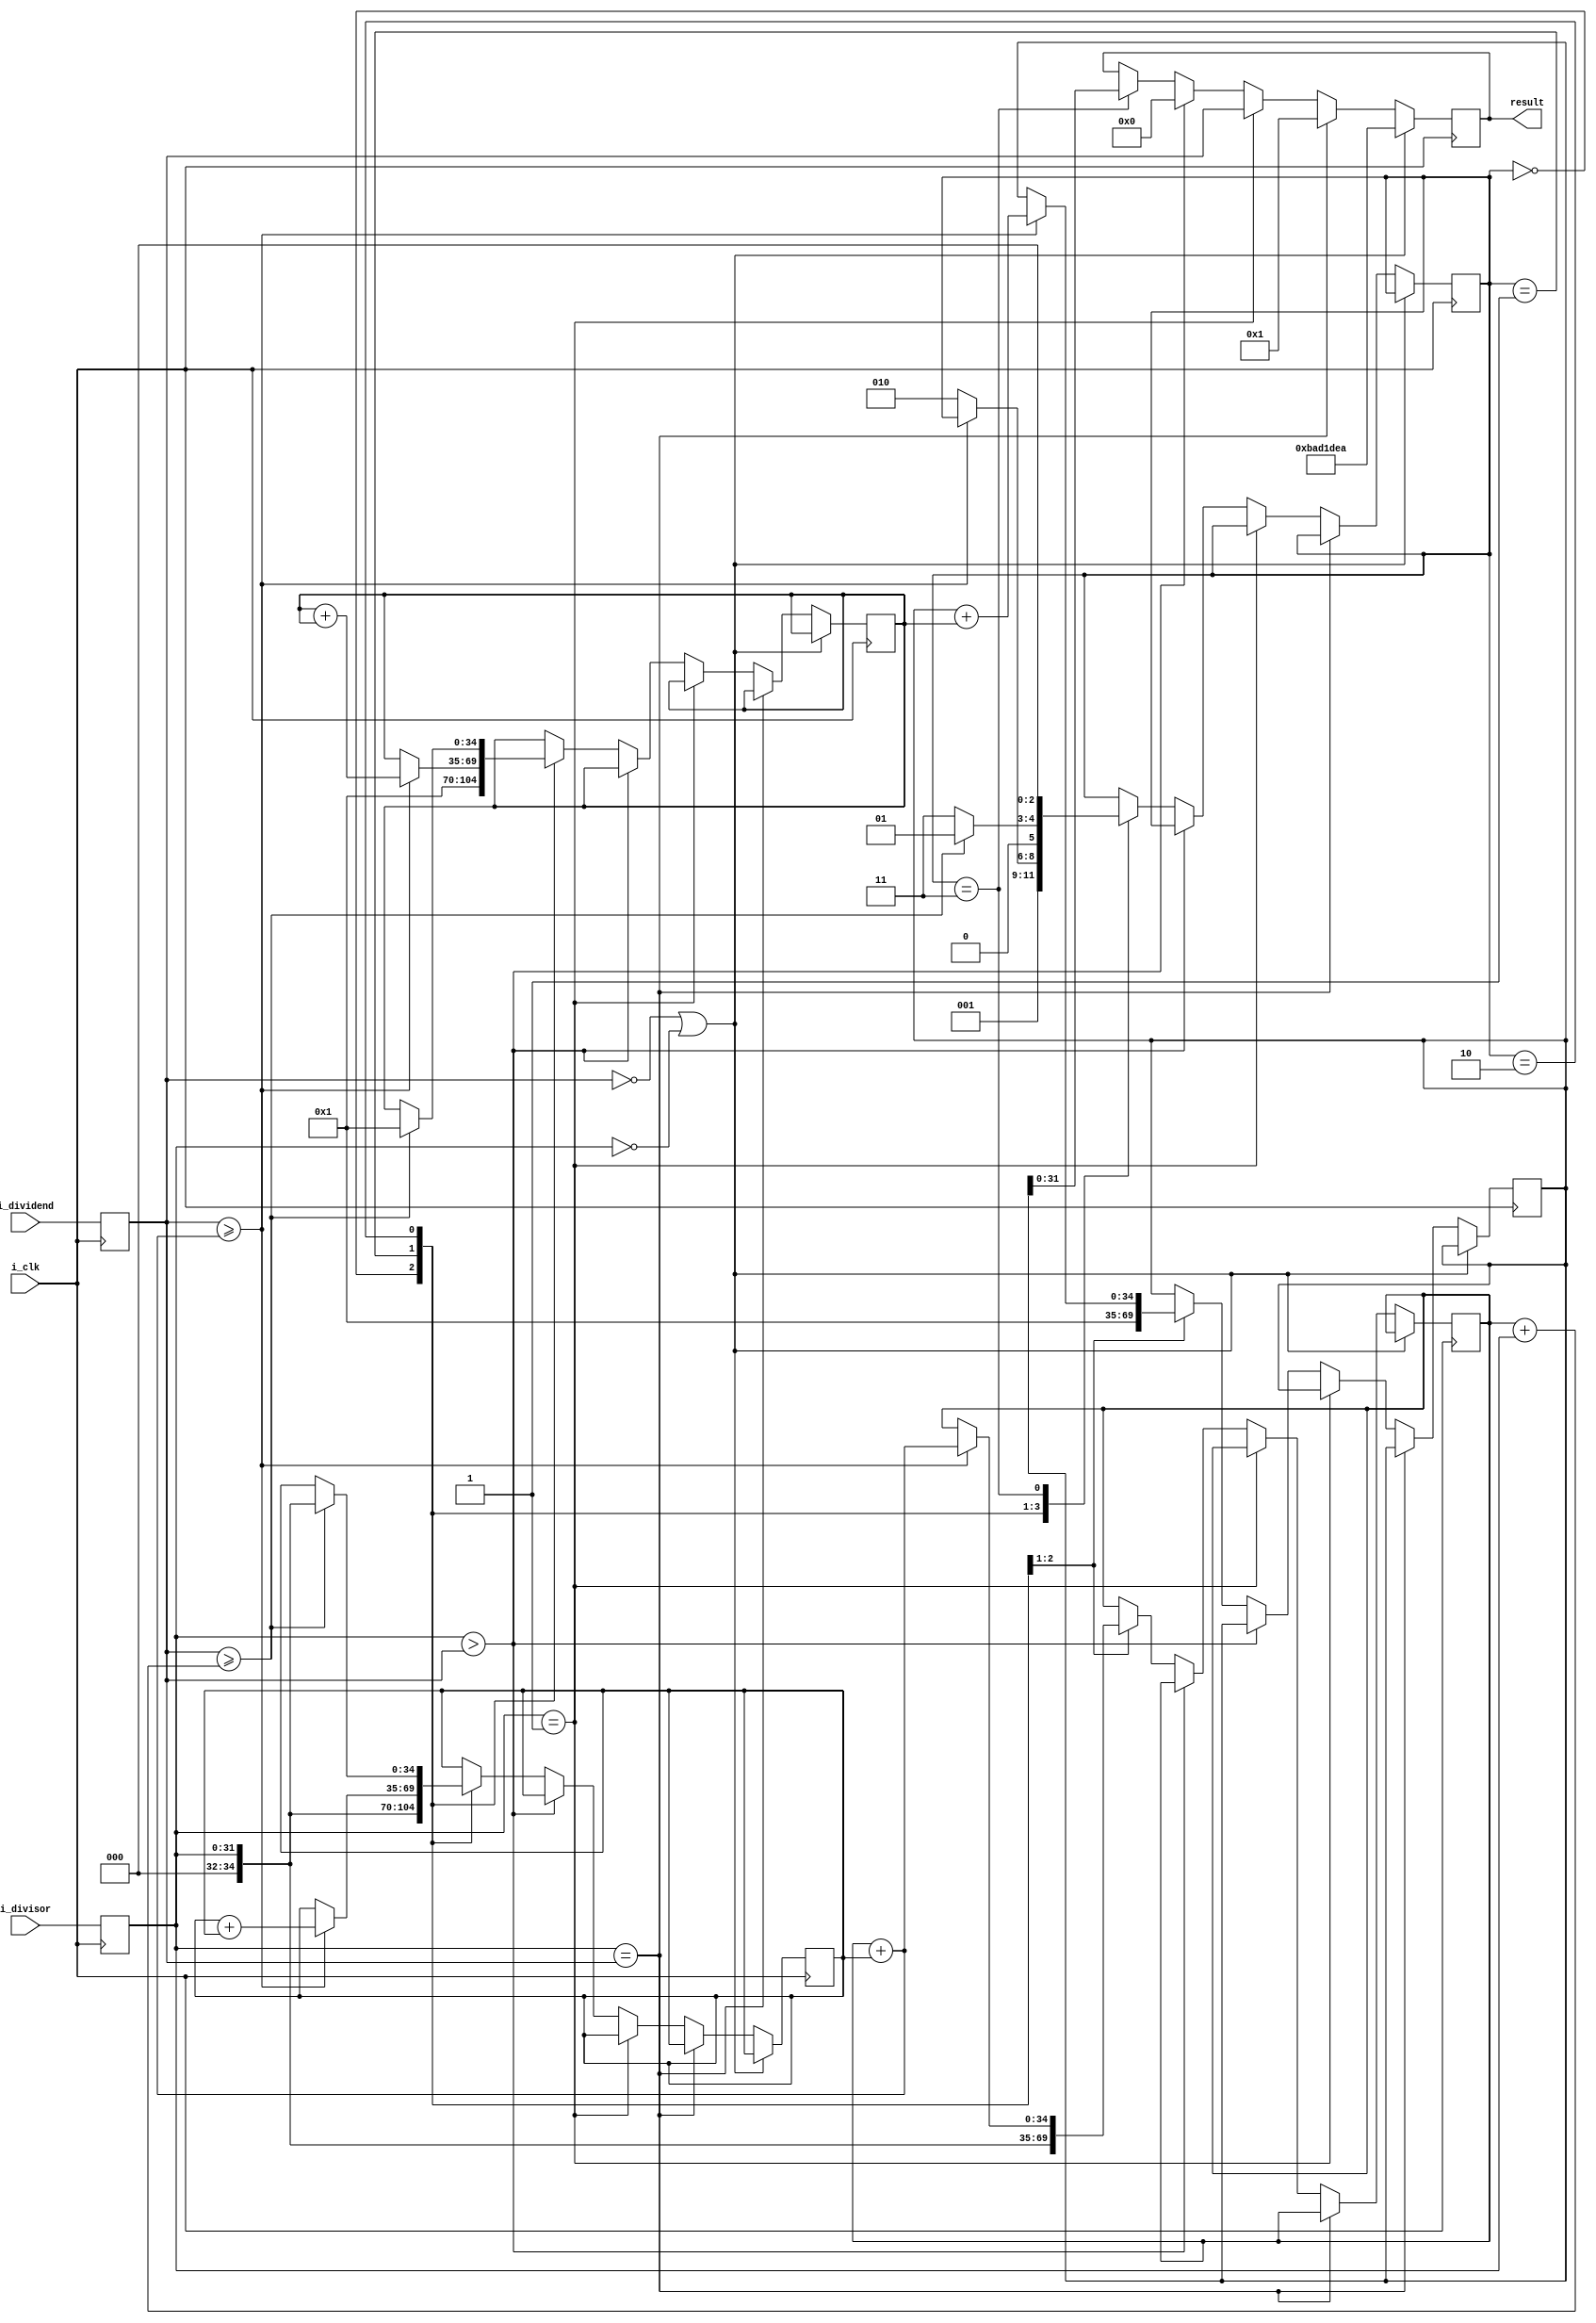

`timescale 1 ns / 1 ps

module division_core(
   input wire  [31:0] i_dividend,
   input wire  [31:0] i_divisor,
   input wire         i_clk,
   output wire [31:0] result
   );
   
   localparam WORD_WIDTH  = 32;
   localparam START       = 3'd0,
              EXPONENTIAL = 3'd1,
              CHECK       = 3'd2,
              END         = 3'd3;
   
   reg [WORD_WIDTH-1:0] dividend_static = 0;
   reg [WORD_WIDTH-1:0] divisor_static  = 0;
   reg [WORD_WIDTH-1:0] result_static   = 0;
   reg [WORD_WIDTH+2:0] counter         = 0; // might need more bits storage than the WORD-WIDTH. To prevent overflow, two more bits are added.
   reg [WORD_WIDTH+2:0] total_counter   = 0;
   reg [WORD_WIDTH+2:0] total_interim   = 0;
   reg [WORD_WIDTH+2:0] interim_expo    = 0;
   reg [2:0]            current_state   = 0;
                            
   wire [WORD_WIDTH+2:0] counter_expo_next;
   wire [WORD_WIDTH+2:0] interim_expo_next;
   wire [WORD_WIDTH+2:0] total_counter_next;
   wire [WORD_WIDTH+2:0] total_interim_next;
   
   assign result             = result_static;                    
   assign interim_expo_next  = interim_expo  + interim_expo;
   assign counter_expo_next  = counter       + counter;
   assign total_counter_next = total_counter + counter;
   assign total_interim_next = total_interim + interim_expo; 
   
   always @(posedge i_clk) begin
      dividend_static <= i_dividend;
      divisor_static  <= i_divisor;
   end
   
   always @(posedge i_clk) begin
       
      //catch null-division error
      if((dividend_static == 0) || (divisor_static == 0)) begin
         result_static <= 'hBAD1DEA; //Error Message (means 'bad idea' in Hex Speak)
         
      // e.g. 11/11 = 1
      end else if(divisor_static == dividend_static) begin
         result_static <= 1;
      
      // e.g. 12/1 = 12
      end else if(divisor_static == 1) begin
         result_static <= dividend_static;
         
      // cannot calculate floating point numbers, so values smaller than 1 are always 0. E.g. 5/8 = 0.625 = 0  
      end else if(divisor_static > dividend_static)begin
         result_static <= 0;
         
      // else begin calculating the result
      end else begin
      
         case(current_state) // state machine
            
            // reset to start conditionsW
            START: begin
                interim_expo  <= divisor_static;
                total_interim <= divisor_static;
                total_counter <= 1;
                counter       <= 1;
                current_state <= EXPONENTIAL;
            end
            
            // start increasing the counter and the interim result exponentially
            EXPONENTIAL: begin
               if(dividend_static >= total_interim_next)begin  // only increase the counter and the interim result if the interimresult is smaller than the dividend
                  interim_expo  <= interim_expo_next;
                  total_interim <= total_interim_next;
                  counter       <= counter_expo_next;    
                  total_counter <= total_counter_next;
               end else begin    
                  current_state <= CHECK;
               end 
            end 
            
            // Check if we can increase the interim result
            CHECK: begin
               // if yes, reset the counter and the interim result and jump back to the exponential state.
               if(dividend_static >= total_interim + divisor_static) begin
                  counter       <= 1;
                  interim_expo  <= divisor_static;
                  current_state <= EXPONENTIAL;
               end else begin
                  current_state <= END;
               end
            end 
            
           END: begin
              result_static <= total_counter;
              current_state <= START;
           end
   
         endcase
      end
    
   end
   
endmodule


module division_core_tb;
   reg [31:0] i_dividend;
   reg [31:0] i_divisor;
   reg i_clk;
   wire [31:0] result;

   division_core dut (
      .i_dividend(i_dividend),
      .i_divisor(i_divisor),
      .i_clk(i_clk),
      .result(result)
   );

   initial begin
      i_dividend = 966; // Set dividend value
      i_divisor = 5;    // Set divisor value
      i_clk = 0;        // Initialize clock
end 
always begin
      // Apply inputs
      #5 i_clk = 1;
      #5 i_clk = 0;
//       $finish;
   end
endmodule